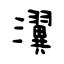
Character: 瀷